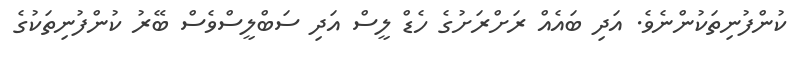
ކުންފުނިތަކުންނެވެ. އަދި ބައެއް ރަށްރަށުގެ ހެޑް ލީސް އަދި ސަބްލީސްވެސް ބޭރު ކުންފުނިތަކުގެ